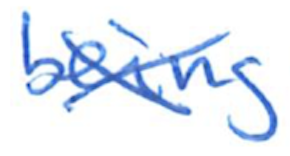
Text: being
Cross-out: mix
Writing tool: ballpoint